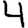
Digit: 4